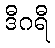
ဒီဂရီ